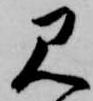
見